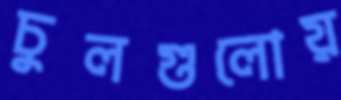
চুলগুলোয়